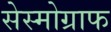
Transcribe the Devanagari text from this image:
सेस्मोग्राफ